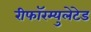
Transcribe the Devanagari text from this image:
रीफॉरम्युलेटेड